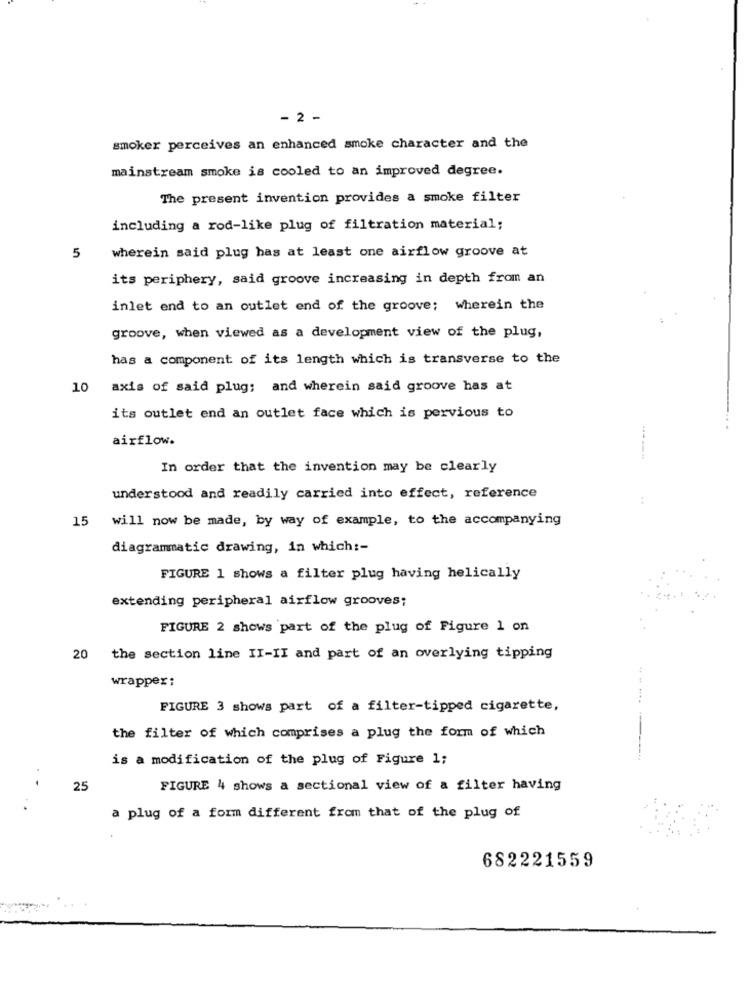
- 2 -
smoker perceives an enhanced smoke character and the
mainstream smoke is cooled to an improved degree.
The present invention provides a smoke filter
including a rod-like plug of filtration material;
wherein said plug has at least one airflow groove at
5
its periphery, said groove increasing in depth from an
inlet end to an outlet end of the groove; wherein the
groove, when viewed as a development view of the plug,
has a component of its length which is transverse to the
10
axis of said plug; and wherein said groove has at
its outlet end an outlet face which is pervious to
airflow.
In order that the invention may be clearly
understood and readily carried into effect, reference
:
15
will now be made, by way of example, to the accompanying
diagrammatic drawing, in which :-
FIGURE 1 shows a filter plug having helically
extending peripheral airflow grooves;
FIGURE 2 shows part of the plug of Figure 1 on
20 the section line II-II and part of an overlying tipping
wrappex:
FIGURE 3 shows part of a filter-tipped cigarette,
the filter of which comprises a plug the form of which
is a modification of the plug of Figure 1;
25
FIGURE 4 shows a sectional view of a filter having
a plug of a form different from that of the plug of
682221559